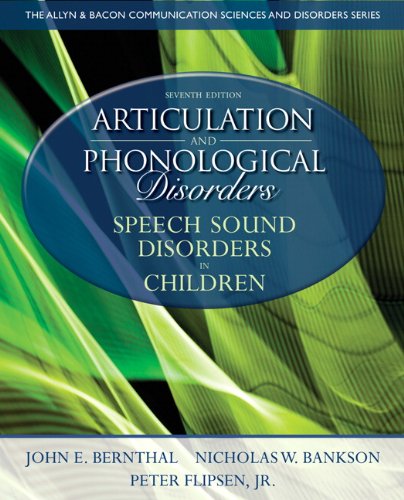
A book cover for Articulation and Phonological Disorders: Speech Sound Disorders in Children (7th Edition) (Allyn & Bacon Communication Sciences and Disorders); John E. Bernthal; Medical Books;